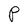
Character: P